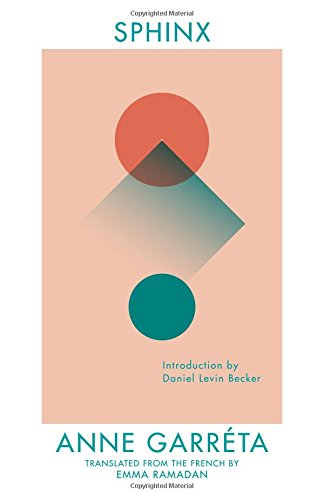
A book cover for Sphinx; Anne Garreta; Humor & Entertainment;